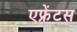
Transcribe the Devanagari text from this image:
एफ्रेंटस